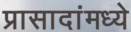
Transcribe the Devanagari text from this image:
प्रासादांमध्ये